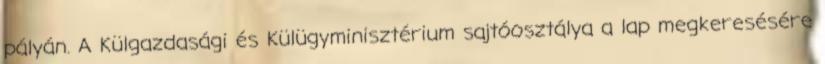
pályán. A Külgazdasági és Külügyminisztérium sajtóosztálya a lap megkeresésére